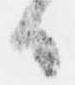
候